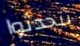
تتحدثوا